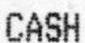
CASH